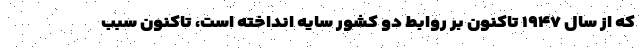
که از سال ۱۹۴۷ تاکنون بر روابط دو کشور سایه انداخته است، تاکنون سبب